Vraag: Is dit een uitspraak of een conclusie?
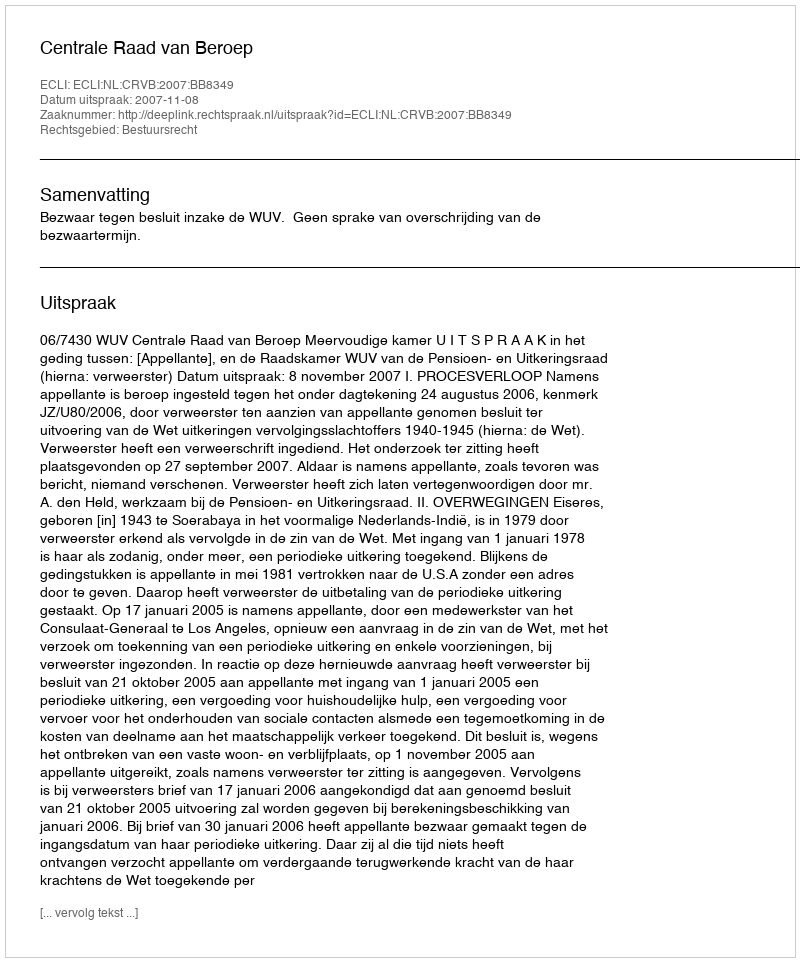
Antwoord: Uitspraak